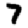
Digit: 7